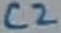
Text: C2